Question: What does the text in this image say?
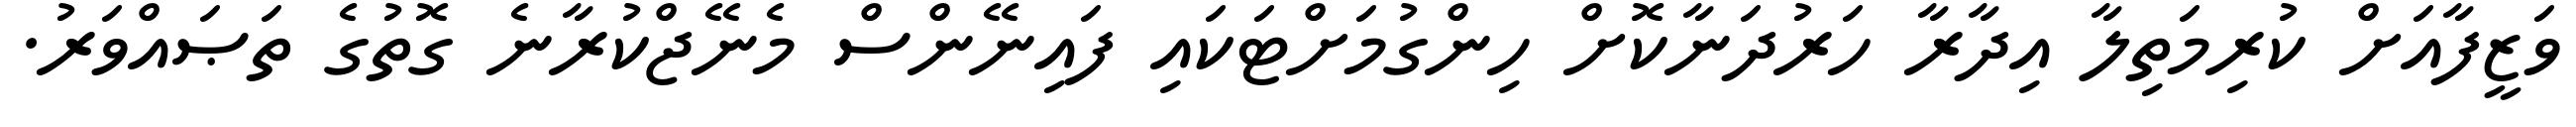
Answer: ވަޒީފާއަށް ކުރިމަތިލާ އިދާރާ ހަރުދަނާކޮށް ހިންގުމަށްޓަކައި ފައިނޭންސް މެނޭޖްކުރާނެ ގޮތުގެ ތަޞައްވަރު.